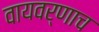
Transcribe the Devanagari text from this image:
वायवर्णाच